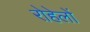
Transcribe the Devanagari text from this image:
रोहेलों